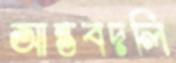
আন্তবদলি